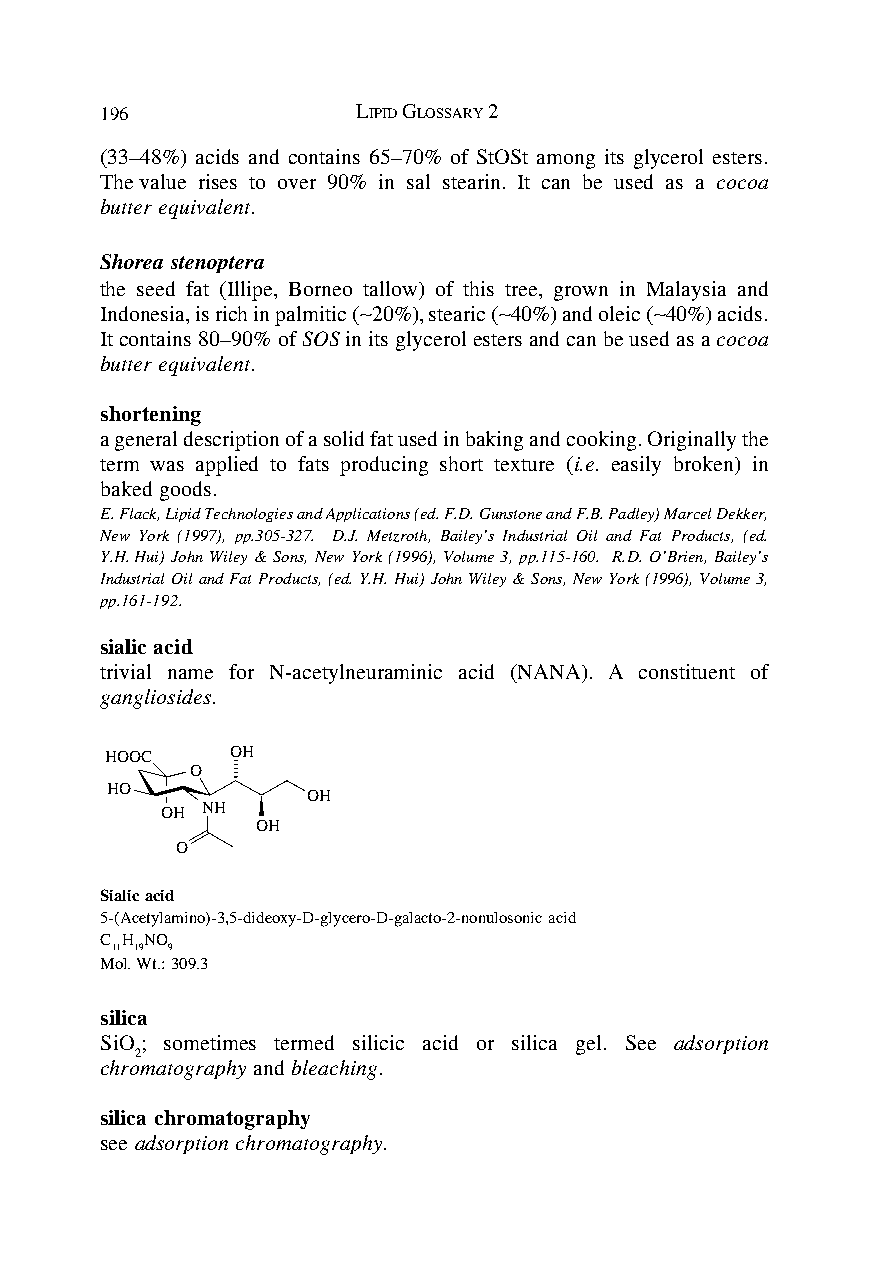
196              LIPID GLOSSARY 2
 (33–48%) acids and contains 65–70% of StOSt among its glycerol esters.
 The value rises to over 90% in sal stearin. It can be used as a cocoa
 butter equivalent.
 Shorea stenoptera
 the seed fat (Illipe, Borneo tallow) of this tree, grown in Malaysia and
 Indonesia, is rich in palmitic (∼20%), stearic (∼40%) and oleic (∼40%) acids.
 It contains 80–90% of SOS in its glycerol esters and can be used as a cocoa
 butter equivalent.
 shortening
 a general description of a solid fat used in baking and cooking. Originally the
 term was applied to fats producing short texture (i.e. easily broken) in
 baked goods.
 E. Flack, Lipid Technologies and Applications (ed. F.D. Gunstone and F.B. Padley) Marcel Dekker,
 New York (1997), pp.305-327. D.J. Metzroth, Bailey’s Industrial Oil and Fat Products, (ed.
 Y.H. Hui) John Wiley & Sons, New York (1996), Volume 3, pp.115-160. R.D. O’Brien, Bailey’s
 Industrial Oil and Fat Products, (ed. Y.H. Hui) John Wiley & Sons, New York (1996), Volume 3,
 pp.161-192.
 sialic acid
 trivial name for N-acetylneuraminic acid (NANA). A constituent of
 gangliosides.
 HOOC    OH
 O
 HO
 OH
 OH NH
 OH
 O
 Sialic acid
 5-(Acetylamino)-3,5-dideoxy-D-glycero-D-galacto-2-nonulosonic acid
 C H NO
 11 19 9
 Mol. Wt.: 309.3
 silica
 SiO ; sometimes termed silicic acid or silica gel. See adsorption
 2
 chromatography and bleaching.
 silica chromatography
 see adsorption chromatography.